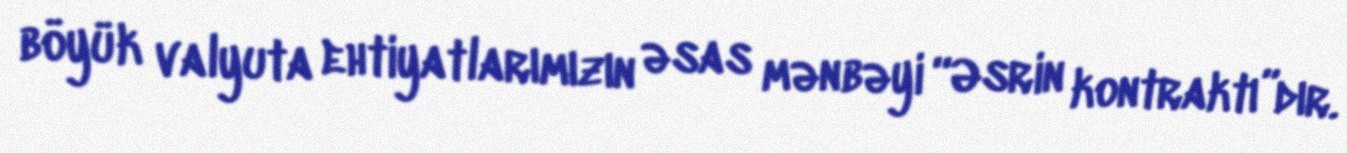
böyük valyuta ehtiyatlarımızın əsas mənbəyi “Əsrin kontraktı”dır.